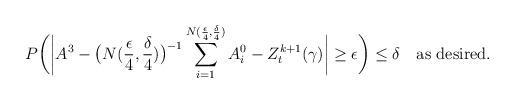
LaTeX: \begin{align*}P\bigg( \bigg| A^3 - \big(N(\frac{\epsilon}{4},\frac{\delta}{4})\big)^{-1} \sum_{i=1}^{N(\frac{\epsilon}{4},\frac{\delta}{4})} A^0_i - Z^{k+1}_t(\gamma) \bigg| \geq \epsilon \bigg) \leq \delta\ \ \ \textrm{as desired.}\end{align*}